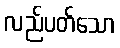
လည်ပတ်သော